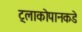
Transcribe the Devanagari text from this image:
ट्लाकोपानकडे